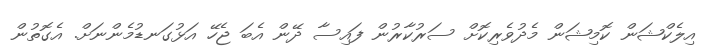
އިލެކްޝަން ކޮމިޝަން މެދުވެރިކޮށް ސަރުކާރުން ފައިސާ ދޭން އެބަ ޖެހޭ އަޅުގަނޑުމެންނަށް. އެގޮތުން